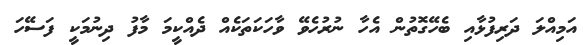
އަމިއްލަ ދަރިފުޅާއި ބެހޭގޮތުން އެހާ ނުރުހެވޭ ވާހަކަތަކެއް ދެއްކީމަ މާފު ދިނުމަކީ ފަސޭހަ